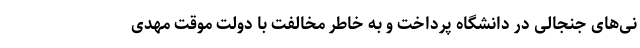
نی‌های جنجالی در دانشگاه پرداخت و به خاطر مخالفت با دولت موقت مهدی